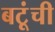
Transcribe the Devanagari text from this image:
बटूंची